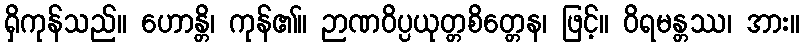
ရှိကုန်သည်။ ဟောန္တိ၊ ကုန်၏။ ဉာဏဝိပ္ပယုတ္တစိတ္တေန၊ ဖြင့်။ ဝိရမန္တဿ၊ အား။